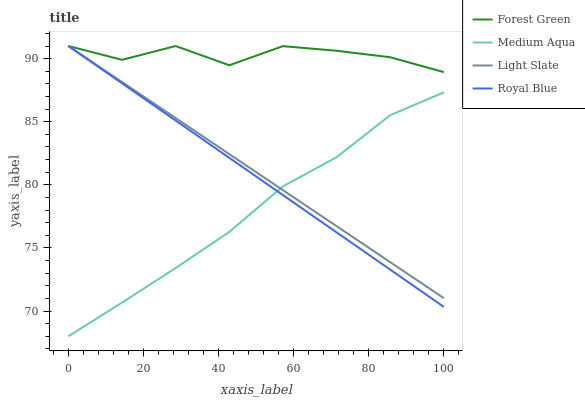
| xaxis_label | Forest Green | Medium Aqua | Light Slate | Royal Blue |
 | --- | --- | --- | --- | --- |
 | 0 | 91 | 68 | 91 | 91 |
 | 14.3 | 89.9 | 70.7 | 88.1 | 88 |
 | 28.6 | 91 | 73.4 | 85.3 | 85.1 |
 | 42.9 | 89.5 | 76.3 | 82.4 | 82.1 |
 | 57.1 | 91 | 79.9 | 79.6 | 79.2 |
 | 71.4 | 90.6 | 82.2 | 76.7 | 76.2 |
 | 85.7 | 90.1 | 85.5 | 73.9 | 73.3 |
 | 100 | 88.9 | 87.3 | 71 | 70.3 |